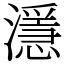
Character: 濦